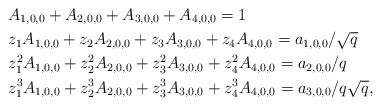
\begin{align*}&A_{1,0,0}+A_{2,0,0}+A_{3,0,0}+A_{4,0,0}=1\\&z_1A_{1,0,0}+z_2A_{2,0,0}+z_3A_{3,0,0}+z_4A_{4,0,0}=a_{1,0,0}/\sqrt{q}\\&z_1^2A_{1,0,0}+z_2^2A_{2,0,0}+z_3^2A_{3,0,0}+z_4^2A_{4,0,0}=a_{2,0,0}/{q}\\&z_1^3A_{1,0,0}+z_2^3A_{2,0,0}+z_3^3A_{3,0,0}+z_4^3A_{4,0,0}=a_{3,0,0}/q\sqrt{q},\end{align*}